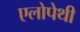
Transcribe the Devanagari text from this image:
एलोपेथी